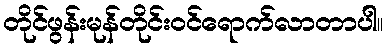
တိုင်ဖွန်းမုန်တိုင်းဝင်ရောက်လာတာပါ။